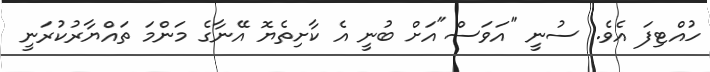
ހުއްޓިފަ އެވެ. ސުނީ "އަވަސް"އަށް ބުނީ އެ ކާށިތެޔޮ އޭނާގެ މަންމަ ތައްޔާރުކުރަނީ